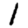
Digit: 1